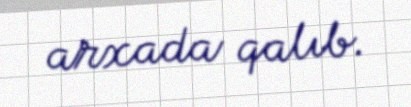
arxada qalıb.